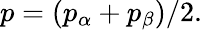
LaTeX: p=(p_{\alpha}+p_{\beta})/2.